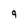
Character: 9